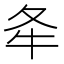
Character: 𡕘